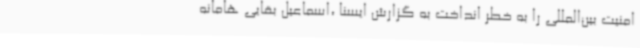
امنیت بین‌المللی را به خطر انداخت به گزارش ایسنا ،اسماعیل بقایی هامانه